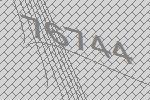
76744